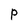
Character: P